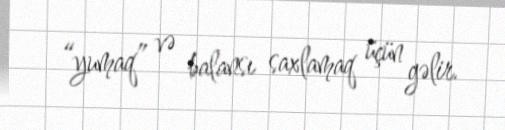
“yumaq” və balansı saxlamaq üçün gəlir.